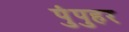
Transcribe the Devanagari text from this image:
पुंपुहर